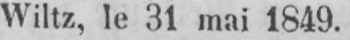
Wiltz, le 31 mai 1849.